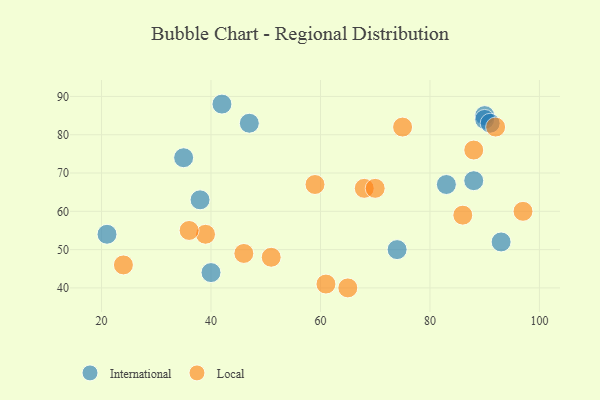
{"axis": {"x": "GDP", "y": "Life Expectancy"}, "legend": ["International", "Local"], "data": [{"x": "21", "y": 54, "type": "International"}, {"x": "35", "y": 74, "type": "International"}, {"x": "74", "y": 50, "type": "International"}, {"x": "90", "y": 85, "type": "International"}, {"x": "90", "y": 84, "type": "International"}, {"x": "47", "y": 83, "type": "International"}, {"x": "88", "y": 68, "type": "International"}, {"x": "40", "y": 44, "type": "International"}, {"x": "83", "y": 67, "type": "International"}, {"x": "38", "y": 63, "type": "International"}, {"x": "91", "y": 83, "type": "International"}, {"x": "42", "y": 88, "type": "International"}, {"x": "93", "y": 52, "type": "International"}, {"x": "39", "y": 54, "type": "Local"}, {"x": "75", "y": 82, "type": "Local"}, {"x": "24", "y": 46, "type": "Local"}, {"x": "46", "y": 49, "type": "Local"}, {"x": "86", "y": 59, "type": "Local"}, {"x": "65", "y": 40, "type": "Local"}, {"x": "61", "y": 41, "type": "Local"}, {"x": "68", "y": 66, "type": "Local"}, {"x": "51", "y": 48, "type": "Local"}, {"x": "70", "y": 66, "type": "Local"}, {"x": "88", "y": 76, "type": "Local"}, {"x": "36", "y": 55, "type": "Local"}, {"x": "59", "y": 67, "type": "Local"}, {"x": "97", "y": 60, "type": "Local"}, {"x": "92", "y": 82, "type": "Local"}]}